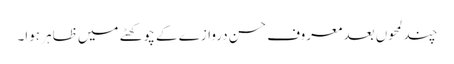
چند لمحوں بعد معروف حسن دروازے کے چوکھٹے میں ظاہر ہوا۔